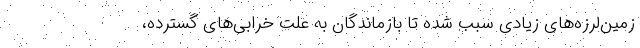
زمین‌لرزه‌های زیادی سبب شده تا بازماندگان به علت خرابی‌های گسترده،